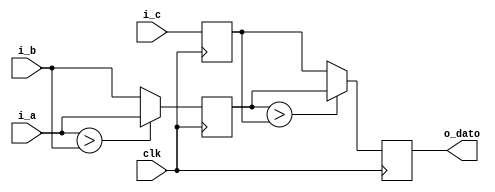
`timescale 1ns / 1ps
//////////////////////////////////////////////////////////////////////////////////
// Company: 
// Engineer: 
// 
// Design Name: 
// Module Name:    dos 
// Project Name: 
// Target Devices: 
// Tool versions: 
// Description: 
/*
2.	Desarrolle un modelo Verilog de un circuito con "pipeline" que compute el valor mximo de 3 flujos 
de entrada, a, b y c. El pipeline debe tener 2 etapas:

	La primera etapa determina cual es el mayor entre 'a' y 'b' y guarda el valor de 'c'.
	La segunda etapa busca el mayor entre 'c' y el resultado de la comparacin de 'a' y 'b'.

Las entradas y salidas son de 14 bits con signo, en complemento a 2.

PIPELINE: LA SALIDA DE UN REGISTRO SE LA PONES A OTRO

*/
// Dependencies: 
//
// Revision: 
// Revision 0.01 - File Created
// Additional Comments: 
//
//////////////////////////////////////////////////////////////////////////////////
module dos(
	input signed [13:0] i_a, 
	input signed [13:0] i_b,
	input signed [13:0] i_c,
	input clk,
	output reg signed [13:0] o_dato
    );
	
	reg signed [13:0] intermedio;
	
	//Primera etapa
	reg signed [13:0] c_reg;
	
	/*
	wire  signed [13:0] resultado_ab;
	wire  signed [13:0] resultado_c;
	
	assign resultado_ab=(i_a>i_b)?  i_a : i_b;
	assign resultado_c=(intermedio>c_reg)?  intermedio : c_reg;
	
	always @ (posedge clk)
	begin
		intermedio<=resultado_ab;
		c_reg<=i_c;
		o_dato<=resultado_c;
	end
	
	*/
	
	always @ (posedge clk)
	begin
		if (i_a > i_b)
			intermedio <= i_a;
		else
			intermedio <= i_b;
		
		c_reg <= i_c;
		
		//Segunda etapa
		if(intermedio > c_reg)
			o_dato <= intermedio;
		else
			o_dato <= c_reg;
		
	end
	
endmodule